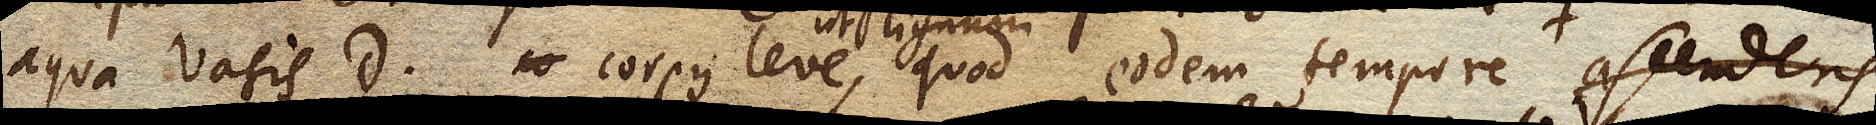
aqua vasis D. corpus leve ut lignum, quod eodem tempore ascendat quo aqua ex C. descendit, ascendens